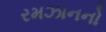
રમઝાનનો